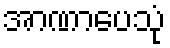
အာဏာပေသုံ